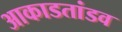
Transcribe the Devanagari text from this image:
आकाडतांडव